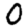
Digit: 0